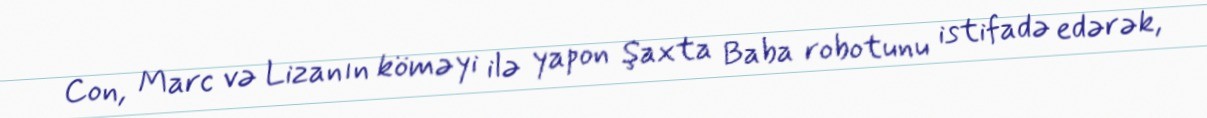
Con, Marc və Lizanın köməyi ilə yapon Şaxta Baba robotunu istifadə edərək,